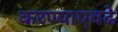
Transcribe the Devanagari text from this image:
करण्याएवढे